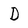
Character: D